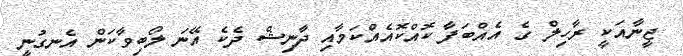
ޖީނާއަކީ ރާހިލް ގެ އެއްބަފާ ކޮއްކޮއެއްކަމާއި ދާނިޝް ދެކެ އޭނަ ލޯބިވާކަން އެނގުނީ